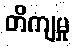
တိကျမှု